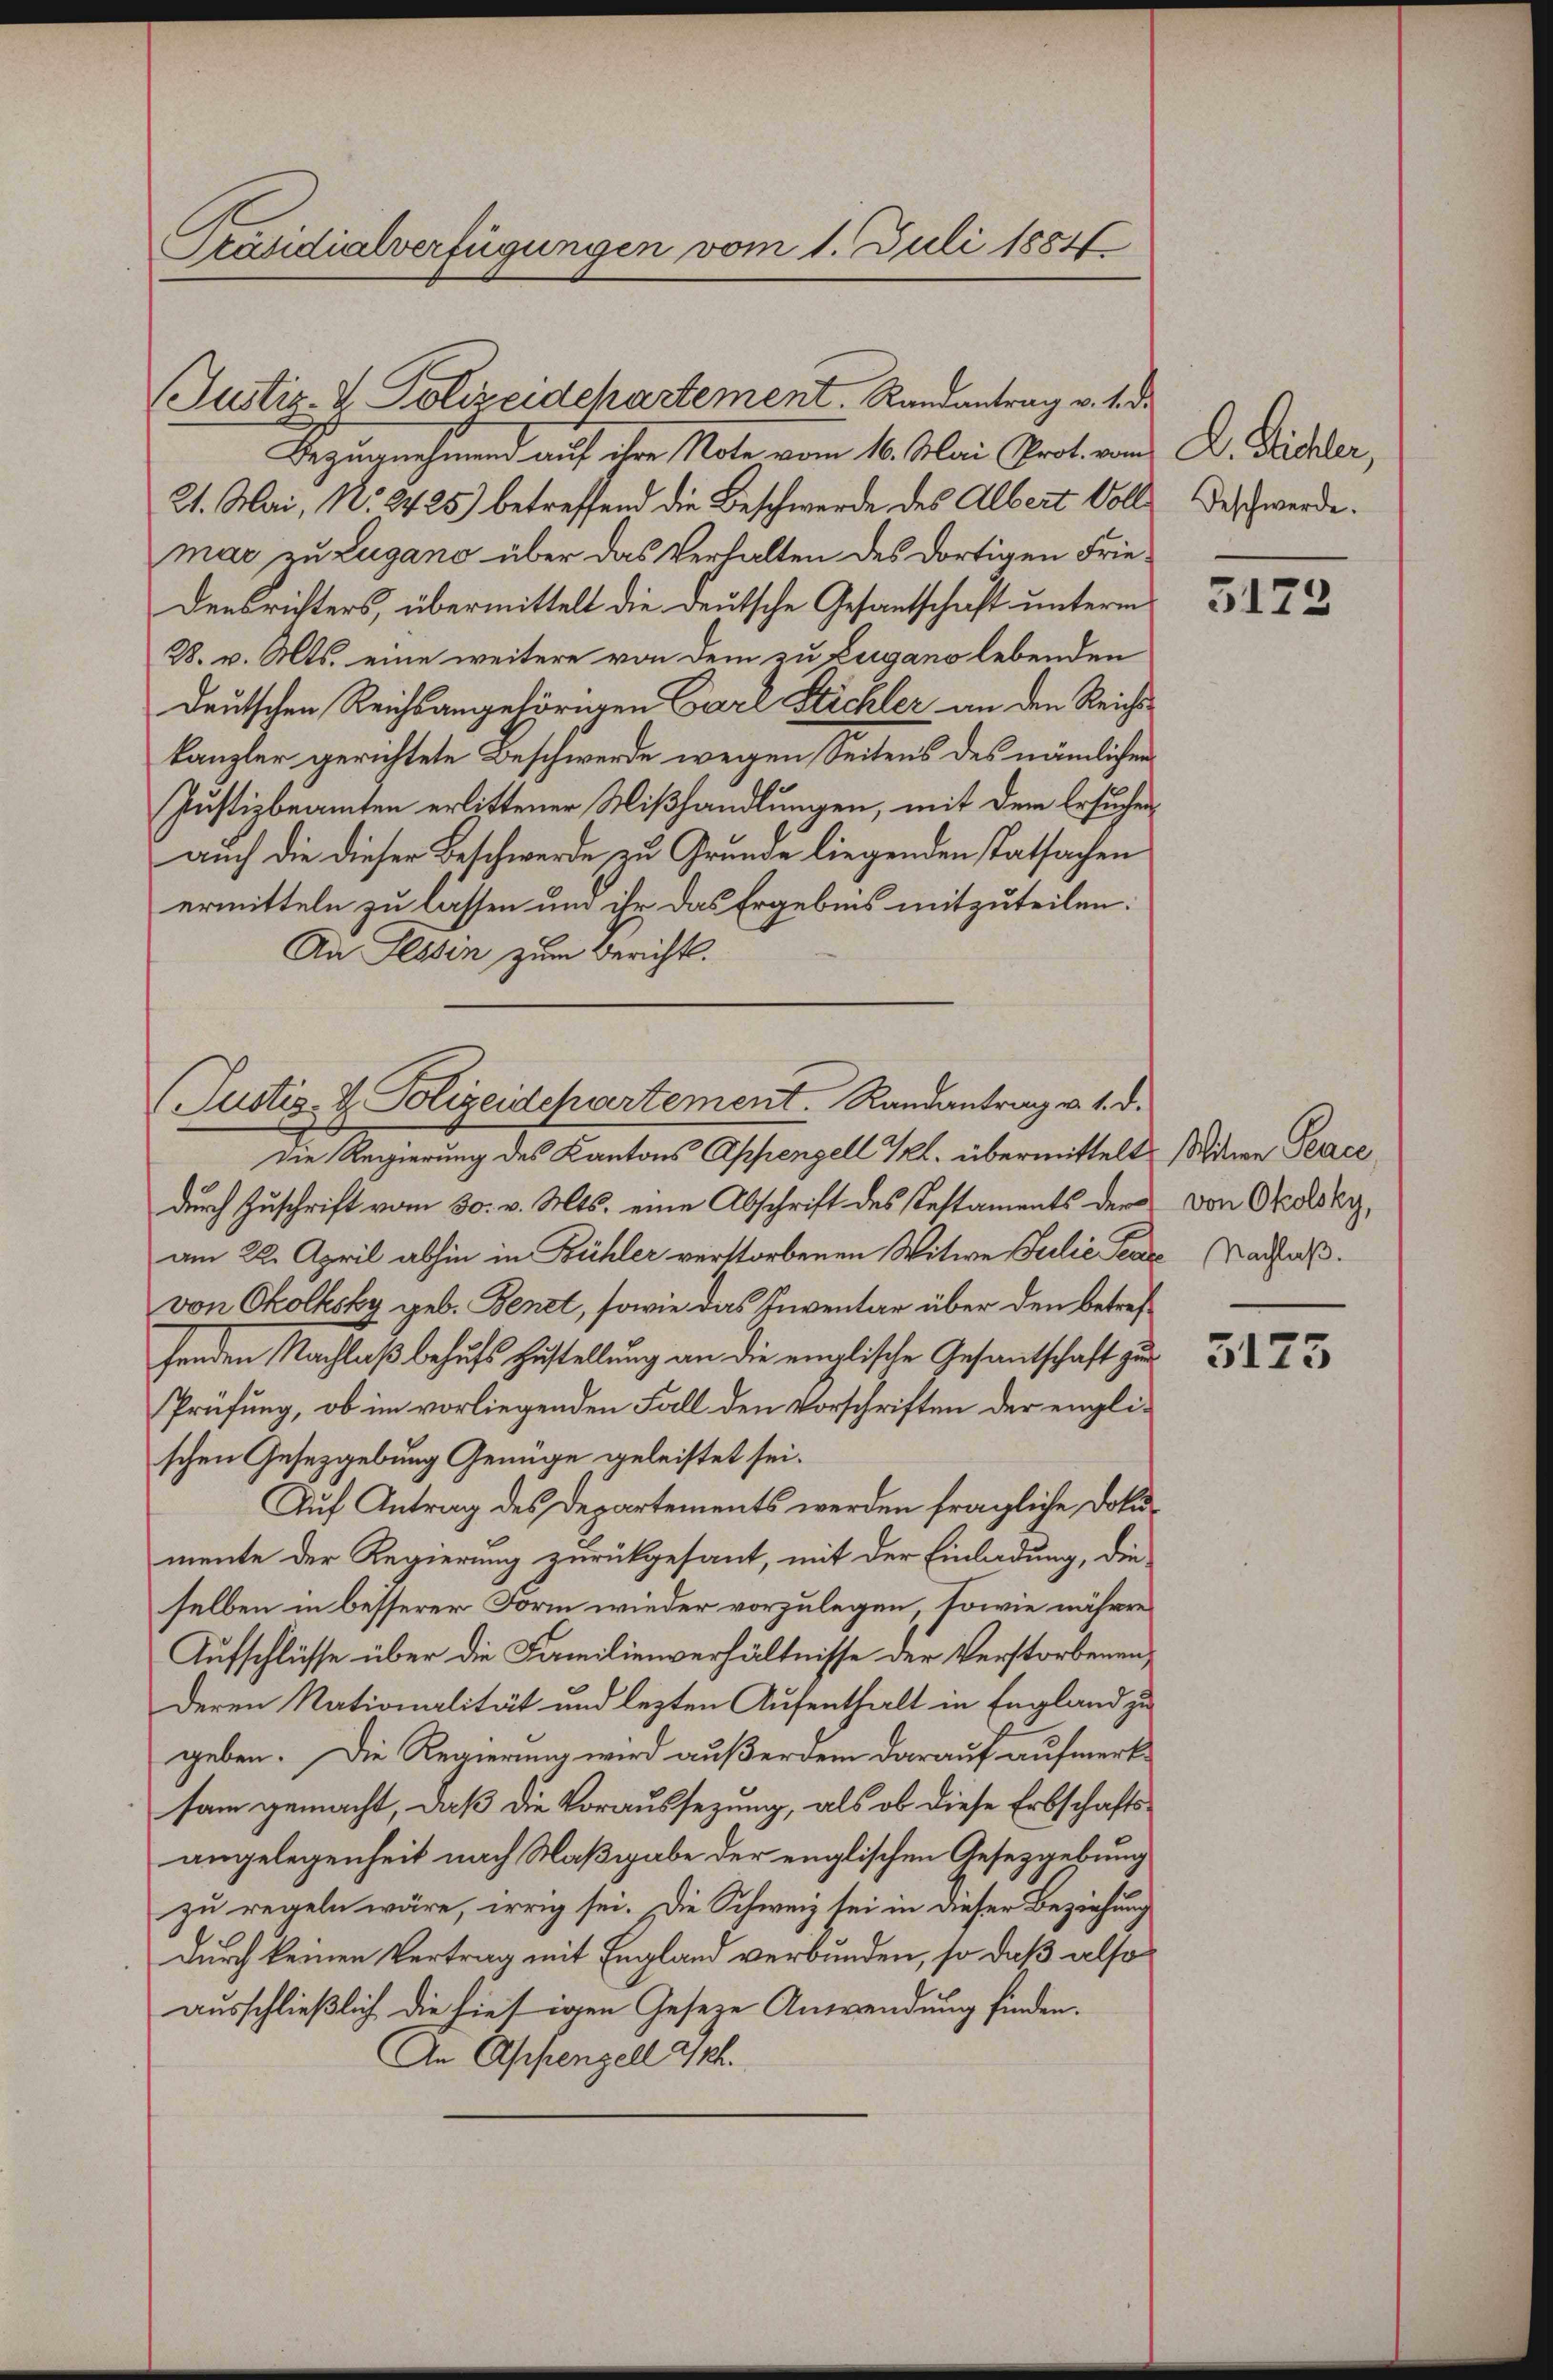
Präsidialverfügungen vom 1. Juli 1884

Justiz & Polizeidechartement. Randantrag v. 1. d.
Bezugnahmend auf ihre Note vom 10. Mai Prot. von Dr. Sidler,
21. Mai, N. 24 25) betreffend die Beschwerde des Albert Vollmar zu Lugano über das Verhalten des dortigen Frie¬
Densrichters, übermittelt die deutsche Gesantschaft unterm
28. v. Mts. eine weitere von dem zu Zugano lebenden
deutschen Reichsangehörigen Carl Stichler, an den Reichkanzler gerichtete Beschwerde wegen Seitens des nämlichen
Justizbeamten erlittener Mißhandlungen, mit dem Ersuchen,
auch die dieser Beschwerde zu Grunde liegenden Tatsachen
ermitteln zu lassen und ihr das Ergebnis mitzuteilen:
An Tessin zum Bericht.

(Justiz- & Polizeidchartement. Randantrag v. 1. d.

Die Regierung des Kantons Appenzell Kl. übermittelt sie Perce
durch Zuschrift vom 30. v. Mts. eine Abschrift des Testaments der von Okolsky,
am 22. April abhin in Bühler verstorbenen Witwe Julie Penze Nachfolvon Okolksky geb. Benet, sowie das Inventar über den betrefhenden Nachlaß behufs Zustellung an die englische Gesandtschaft zur
Prüfung, ob im vorliegenden Fall den Vorschriften der englischen Gesetzgebung Genüge geleistet sei.
Auf Antrag des Departements werden fragliche Dokumente der Regierung zurückgesant, mit der Einladung, die
selben in besserer Form wieder vorzulegen, sowie nähere
Aufschlüsse über die Familienverhältnisse der Verstorbenen,
Deren Nationalität und lezten Aufenthalt in England zu
geben. Die Regierung wird außerdem darauf aufmerksam gemacht, daß die Voraussezung, als ob diese Erbschaftsangelegenheit nach Maßgabe der englischen Gesetzgebung
zu regeln wäre, irrig sei. Die Schweiz sei in dieser Beziehung
durch keinen Vertrag mit England verbunden, so daß also
ausschließlich die hiesigen Geseze Anwendung finden.
An Appenzell 2/14.

Beschwerde.

5173

3173